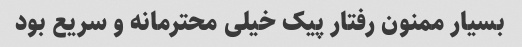
بسیار ممنون رفتار پیک خیلی محترمانه و سریع بود